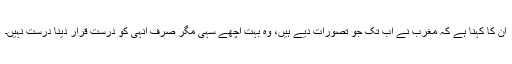
ان کا کہنا ہے کہ مغرب نے اب تک جو تصورات دیے ہیں، وہ بہت اچھے سہی مگر صرف انہی کو درست قرار دینا درست نہیں۔